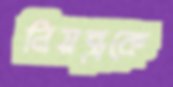
নিয়ন্ত্রকে